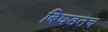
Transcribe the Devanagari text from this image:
बिघडतच